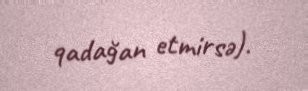
qadağan etmirsə).